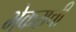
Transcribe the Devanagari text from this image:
भेकराची